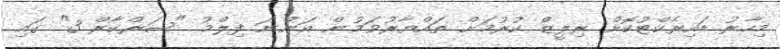
މިހާރު ޑައިރެކްޓުކޮށް ރިލީޒް ކުރުމަށް ތައްޔާރުވަމުން އަންނަ ފިލްމު "ސަރްކާރް 3" ގައި